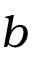
b